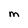
Character: m